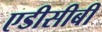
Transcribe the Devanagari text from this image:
एडीसीबी